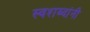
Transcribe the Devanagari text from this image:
स्वशब्दांनी